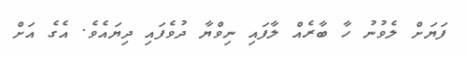
ފަޔަށް ލެވުނު ހާ ބާރެއް ލާފައި ނިވްޔާ ދުވެފައި ދިޔައެވެ. އެގެ އަށް